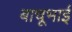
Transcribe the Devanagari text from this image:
बाचूभाई